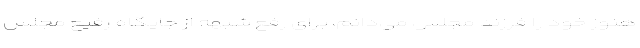
هنوز خود را فرزند مجلس می‌دانم، برای رفع شبهه از جایگاه رفیع مجلس